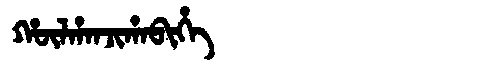
Manchu: ᡥᡡᠯᡥᠠᠨᠵᡳᡥᠠᠪᡳᡥᡝ
Romanization: HŪLHANJIHABIHE